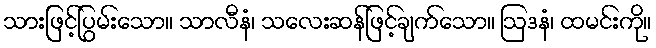
သားဖြင့်ပြွမ်းသော။ သာလီနံ၊ သလေးဆန်ဖြင့်ချက်သော။ ဩဒနံ၊ ထမင်းကို။